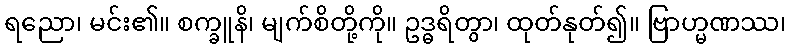
ရညော၊ မင်း၏။ စက္ခူနိ၊ မျက်စိတို့ကို။ ဥဒ္ဓရိတွာ၊ ထုတ်နုတ်၍။ ဗြာဟ္မဏဿ၊